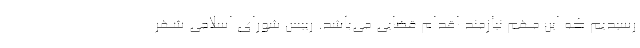
رسیدیم که این مهم نیازمند اقدام قضایی می‌باشد. رییس شورای اسلامی شهر